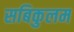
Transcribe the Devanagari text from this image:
सबिकुलम